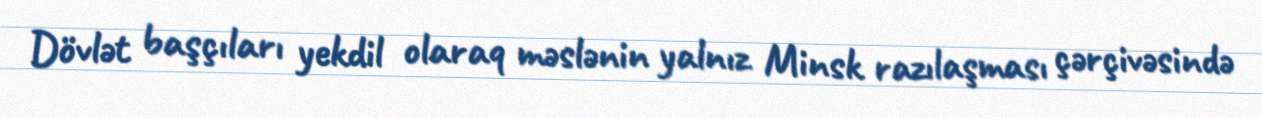
Dövlət başçıları yekdil olaraq məslənin yalnız Minsk razılaşması çərçivəsində